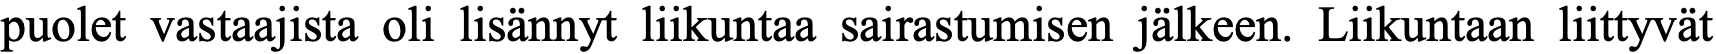
puolet vastaajista oli lisännyt liikuntaa sairastumisen jälkeen. Liikuntaan liittyvät